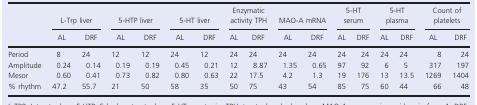
|  | <COLSPAN=2> L-Trp liver | <COLSPAN=2> 5-HTP liver | <COLSPAN=2> 5-HT liver | <COLSPAN=2> Enzymatic activity TPH | <COLSPAN=2> MAO-A mRNA | <COLSPAN=2> 5-HT serum | <COLSPAN=2> 5-HT plasma | <COLSPAN=2> Count of platelets |
 |  | AL | DRF | AL | DRF | AL | DRF | AL | DRF | AL | DRF | AL | DRF | AL | DRF | AL | DRF |
 | --- | --- | --- | --- | --- | --- | --- | --- | --- | --- | --- | --- | --- | --- | --- | --- | --- |
 | Period | 8 | 24 | 12 | 12 | 24 | 12 | 24 | 24 | 24 | 24 | 24 | 24 | 24 | 24 | 8 | 24 |
 | Amplitude | 0.24 | 0.14 | 0.19 | 0.19 | 0.45 | 0.21 | 12 | 8.87 | 1.35 | 0.65 | 97 | 92 | 6 | 5 | 317 | 197 |
 | Mesor | 0.60 | 0.41 | 0.73 | 0.82 | 0.80 | 0.63 | 22 | 17.5 | 4.2 | 1.3 | 19 | 176 | 13 | 13.5 | 1269 | 1404 |
 | % rhythm | 47.2 | 55.7 | 21 | 50 | 58 | 35 | 50 | 75 | 43 | 54 | 85 | 75 | 60 | 44 | 66 | 48 |